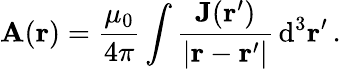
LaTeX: \mathbf{A}(\mathbf{r})={\frac{\mu_{0}}{4\pi}}\int{\frac{\mathbf{J}(\mathbf{r}^{\prime})}{|\mathbf{r}-\mathbf{r}^{\prime}|}}\, \mathrm{d}^{3}\mathbf{r}^{\prime}\, .